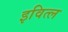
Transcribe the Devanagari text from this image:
इवित्ल